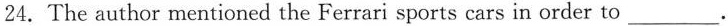
24.The author mentioned the Ferrari sports cars in order to___.